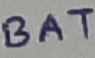
Text: BAT